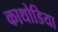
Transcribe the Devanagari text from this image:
काथोडिया